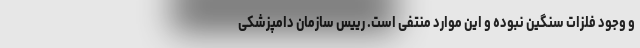
و وجود فلزات سنگین نبوده و این موارد منتفی است. رییس سازمان دامپزشکی